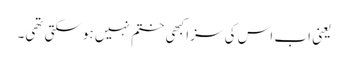
یعنی اب اس کی سزا کبھی ختم نہیں ہوسکتی تھی۔